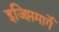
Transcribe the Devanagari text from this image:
इजिप्तमार्गे